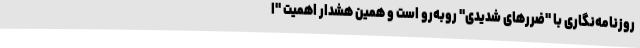
روزنامه‌نگاری با "ضررهای شدیدی" روبه‌رو است و همین هشدار اهمیت "ا